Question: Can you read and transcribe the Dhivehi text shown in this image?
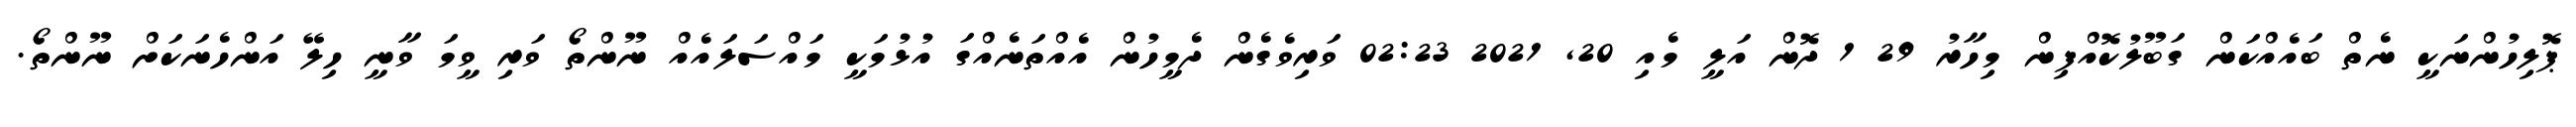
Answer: ޕޮލިހުންނަކީ ނެތް ބައެއްކަން ގަބޫލުކޮއްފިން މިހާރު 29 1 ދޮން އަލީ މެއި 20, 2021 02:23 ވަރިވެގެން ދެމީހުން އެއްތަނެއްގަ އުޅުމަކީ މައްސަލައެއް ނޫންތޯ ވަރި ވީމަ ވާނީ ހިލޭ އަންހެނަކަށް ނޫންތޯ.